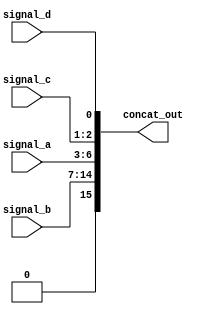
module concat_continuous_assignment (
    input wire [3:0] signal_a,  // 4-bit input signal
    input wire [7:0] signal_b,  // 8-bit input signal
    input wire [1:0] signal_c,  // 2-bit input signal
    input wire        signal_d,  // 1-bit input signal
    output wire [15:0] concat_out // 16-bit concatenated output
);

// Concatenate inputs to form a wider bus
assign concat_out = {signal_b, signal_a, signal_c, signal_d};

endmodule